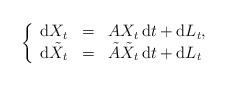
LaTeX: \begin{align*}\left\{\begin{array}{lcl} {\rm d}X_t &=& A X_t\, {\rm d}t + {\rm d}L_t,\\ {\rm d}\tilde{X}_t &=& \tilde{A} \tilde{X}_t\, {\rm d}t + {\rm d}L_t\end{array}\right. \end{align*}